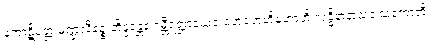
ကောဋိမတ္တံ မဏ္ဍလီနဉ္စ ဘိန္ဒန္တေန ဂမ္ဘီရတ္တာယေဝ ဟေဟေဟိဟောဟိ လဒ္ဓိနာနာသံဝါသကောတိ